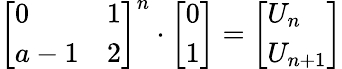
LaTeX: {\left[\begin{array}{ll}{0}&{1}\\ {a-1}&{2}\end{array}\right]}^{n}\cdot{\left[\begin{array}{l}{0}\\ {1}\end{array}\right]}={\left[\begin{array}{l}{U_{n}}\\ {U_{n+1}}\end{array}\right]}